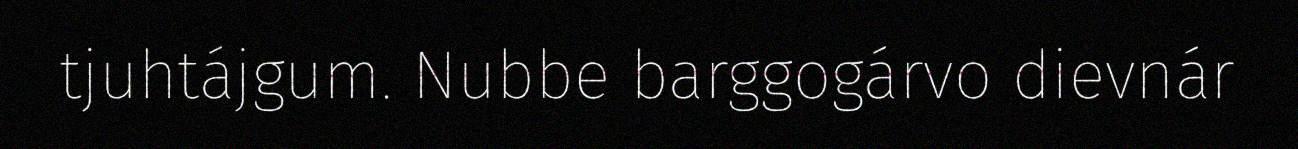
tjuhtájgum. Nubbe barggogárvo dievnár